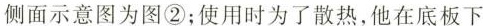
侧面示意图为图②；使用时为了散热，他在底板下